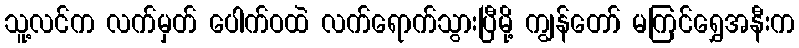
သူ့လင်က လက်မှတ် ပေါက်ဝထဲ လက်ရောက်သွားပြီမို့ ကျွန်တော် မကြင်ရွှေအနီးက